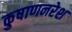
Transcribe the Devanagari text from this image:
कुषाणनरेश